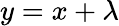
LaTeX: y=x+\lambda